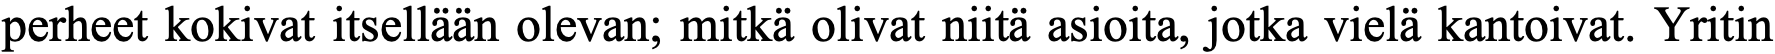
perheet kokivat itsellään olevan; mitkä olivat niitä asioita, jotka vielä kantoivat. Yritin